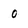
Character: 0